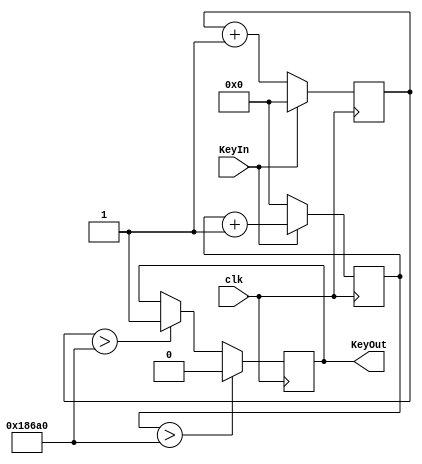
module anti_shaking(clk, KeyIn, KeyOut);
//clk	50MHz
//key	0.20s

	input		clk;
	input		KeyIn;
	output reg	KeyOut;

	reg [30:0]	KeyHigh, KeyLow;

	always @(posedge clk) begin
		if (!KeyIn) KeyLow <= KeyLow + 1'b1;
		else KeyLow <= 20'b0;
	end

	always @(posedge clk) begin
		if (KeyIn) KeyHigh <= KeyHigh + 1'b1;
		else KeyHigh <= 20'b0;
	end

	always @(posedge clk) begin
		if (KeyHigh > 'd100000) KeyOut <= 1'b0;
		else if (KeyLow > 'd100000) KeyOut <= 1'b1;
	end

endmodule